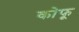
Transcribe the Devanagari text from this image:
कोफू